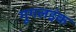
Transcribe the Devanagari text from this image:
गूगलइंक